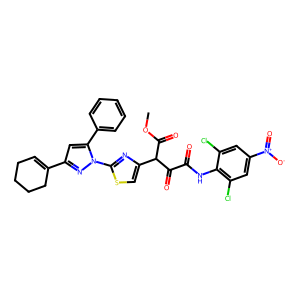
SMILES: COC(=O)C(C(=O)C(=O)Nc1c(Cl)cc([N+](=O)[O-])cc1Cl)c1csc(-n2nc(C3=CCCCC3)cc2-c2ccccc2)n1
Inhibits HIV replication: No